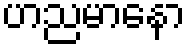
ဟညမာနော